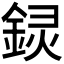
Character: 𬫟